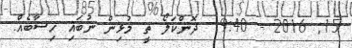
15